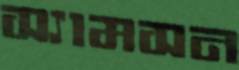
স্যামসন